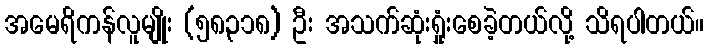
အမေရိကန်လူမျိုး (၅၈,၃၁၈) ဦး အသက်ဆုံးရှုံးစေခဲ့တယ်လို့ သိရပါတယ်။